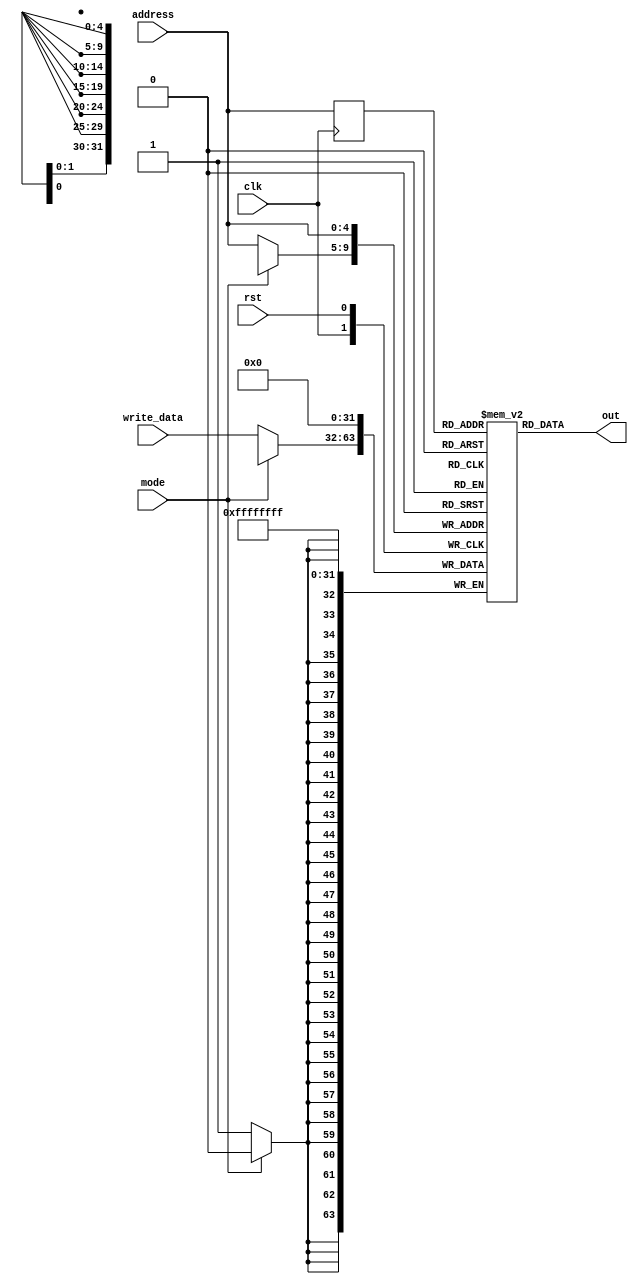
module instruction_memory(clk, rst, address, mode, write_data, out);

    input clk;
    input rst;
    input [4:0] address;
    input [31:0] write_data;
    input mode;
    output [31:0] out;

    reg [31:0] mem[24:0];
    reg [4:0] add_reg;
    reg [31:0] out;
    integer i = 1;

    initial begin
    mem[0] = 32'b00000000001000100000000000100000;
    mem[1] = 32'b00000000010000010000000000100010;
    mem[2] = 32'b00000000001000100000000000100001;
    mem[3] = 32'b00000000010000010000000000100011;
    mem[4] = 32'b00100000001000000000001111101000;
    mem[5] = 32'b00100100001000000000001111101000;
    mem[6] = 32'b00000000001000100000000000100100;
    mem[7] = 32'b00000000001000100000000000100101;
    mem[8] = 32'b00110000001000000000001111101000;
    mem[9] = 32'b00110100001000000000001111101000;
    mem[10] = 32'b00000000000000010000001010000000;
    mem[11] = 32'b00000000000000010000001010000010;
    mem[12] = 32'b10001100001000000000000000001010;
    mem[13] = 32'b10101100001000000000000000001010;
    mem[14] = 32'b00010000000000010000000000001010;
    mem[15] = 32'b00010100000000010000000000001010;
    mem[16] = 32'b00011100001000100000000000001010;
    mem[17] = 32'b00111100001000100000000000001010;
    mem[18] = 32'b00011000001000100000000000001010;
    mem[19] = 32'b01111100001000100000000000001010;
    mem[20] = 32'b00001000000000000000000000000010;
    mem[21] = 32'b00000000000000000000000000001000;
    mem[22] = 32'b00001100000000000000000000001010;
    mem[23] = 32'b00000000001000100000000000101010;
    mem[24] = 32'b00101000010000010000000001100100;
        
    end
    
    always @(posedge clk) begin
        add_reg <= address;
    end

    always @(mem[add_reg]) begin
        out <= mem[add_reg];
    end

    always @(posedge clk) begin
        if(mode == 1'b0)begin
            mem[address]=write_data;
        end
    end

    always @(posedge rst) begin
        mem[address] = 1'b0;
    end

endmodule